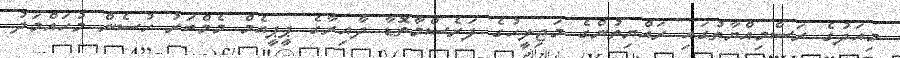
މިއަދުގެ ރަސްމިއްޔާތުގައި ރައްޔިތުންގެ މަޖިލީހުގެ ފަރެސްމާތޮޑާ ދާއިރާގެ ޕީޕީއެމް މެމްބަރު ހުސެން މުހައްމަދު